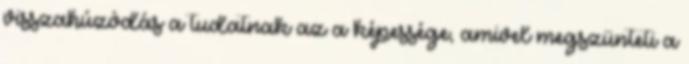
visszahúzódás a tudatnak az a képessége, amivel megszünteti a